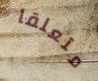
متعلقا